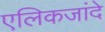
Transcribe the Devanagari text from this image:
एलिकजांदे